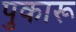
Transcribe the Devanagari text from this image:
पुकारू